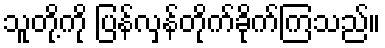
သူတို့ကို ပြန်လှန်တိုက်ခိုက်ကြသည်။